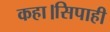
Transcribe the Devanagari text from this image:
कहा।सिपाही